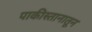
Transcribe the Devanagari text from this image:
पाकीस्तानातून